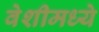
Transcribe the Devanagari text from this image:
वेशीमध्ये